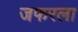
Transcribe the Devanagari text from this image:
जफरला